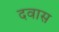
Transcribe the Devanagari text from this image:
दवास